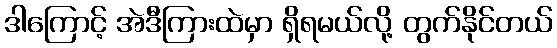
ဒါကြောင့် အဲဒီကြားထဲမှာ ရှိရမယ်လို့ တွက်နိုင်တယ်